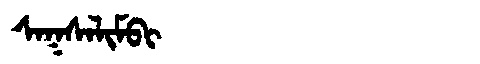
Manchu: ᠰᠠᡴᠰᠠᠯᡳᠮᠪᡳ
Romanization: SAKSALIMBI